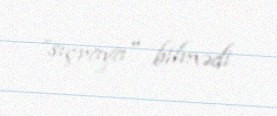
”sıçraya" bilmədi.